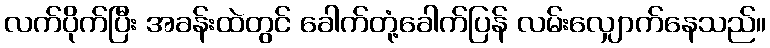
လက်ပိုက်ပြီး အခန်းထဲတွင် ခေါက်တုံ့ခေါက်ပြန် လမ်းလျှောက်နေသည်။